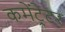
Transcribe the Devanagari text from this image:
कमेंट्रेटर